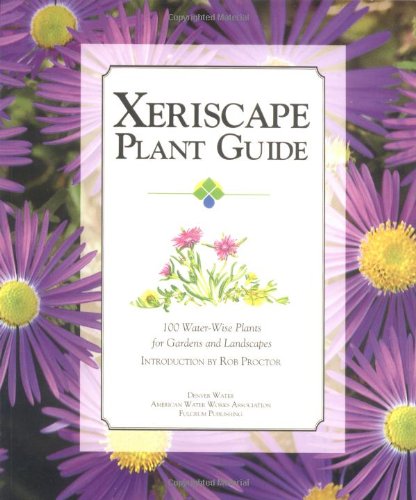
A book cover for Xeriscape Plant Guide: 100 Water-Wise Plants for Gardens and Landscapes; Denver Water; Crafts, Hobbies & Home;